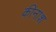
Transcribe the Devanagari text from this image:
कीनाश